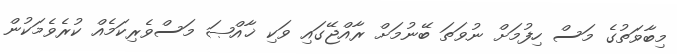
މިބާވަތުގެ މަސް ހިފުމަށް ނުވަތަ ބޭނުމަށް ރާއްޖޭގައި ވަކި ޚާއްޞަ މަސްވެރިކަމެއް ކުރެވެމަކުން